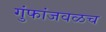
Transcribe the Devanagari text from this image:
गुंफांजवळच